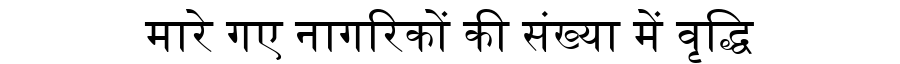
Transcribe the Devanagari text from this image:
मारे गए नागरिकों की संख्या में वृद्धि